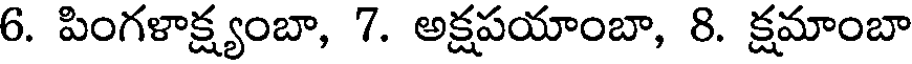
6. పింగళాక్ష్యంబా, 7. అక్షపయాంబా, 8. క్షమాంబా